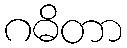
ဂဓိတာ